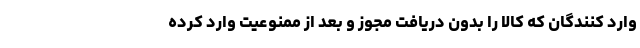
وارد کنندگان که کالا را بدون دریافت مجوز و بعد از ممنوعیت وارد کرده